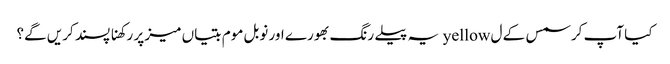
کیا آپ کرسمس کے ل yellow یہ پیلے رنگ بھورے اور نوبل موم بتیاں میز پر رکھنا پسند کریں گے؟